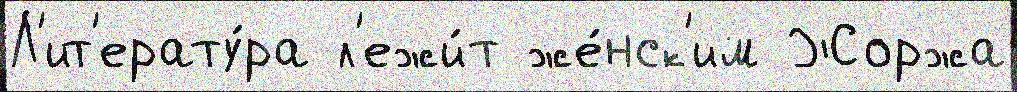
Л'ит'ерату́ра л'ежи́т же́нск'им Жоржа